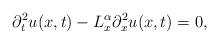
LaTeX: \begin{align*}\partial_{t}^{2}u(x,t)-L^\alpha_x\partial_x^2 u(x,t)=0,\end{align*}